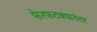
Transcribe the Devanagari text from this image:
फेरफटक्यानंतर